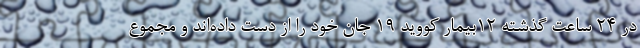
در ۲۴ ساعت گذشته ۱۲بیمار کووید ۱۹ جان خود را از دست داده‌اند و مجموع